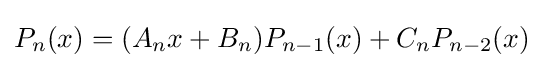
P_{n}(x)=(A_{n}x+B_{n})P_{n-1}(x)+C_{n}P_{n-2}(x)